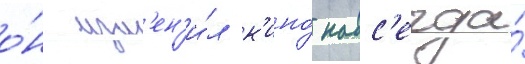
о́н изм'ен'и́л к'ино́ навс'егда́